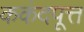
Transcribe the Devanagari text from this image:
ककंदपूत्त